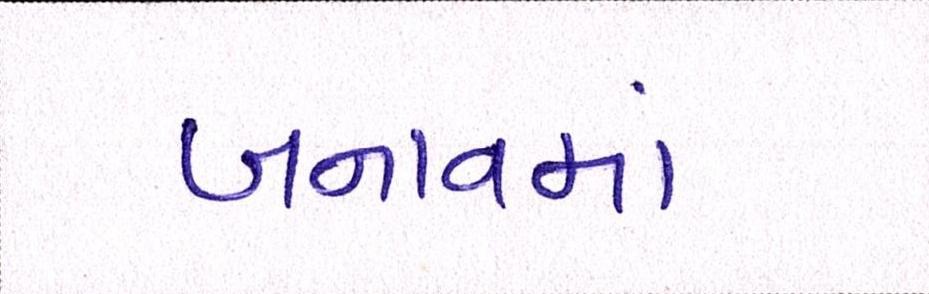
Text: બનાવમાં